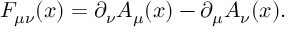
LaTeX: F _ { \mu \nu } ( x ) = \partial _ { \nu } A _ { \mu } ( x ) - \partial _ { \mu } A _ { \nu } ( x ) .